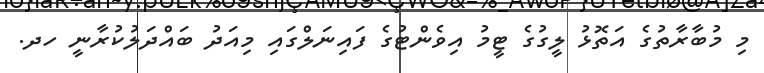
މި މުބާރާތުގެ އަތޮޅު ލީގުގެ ޓީމު އިވެންޓުގެ ފައިނަލްގައި މިއަދު ބައްދަލުކުރާނީ ހދ.